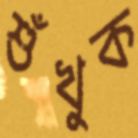
শুঁখুক